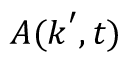
\boldsymbol { A } ( \boldsymbol { k } ^ { \prime } , t )